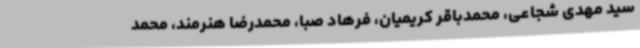
‌سید مهدی شجاعی،‌ محمدباقر کریمیان، فرهاد صبا، ‌محمدرضا هنرمند، محمد